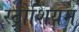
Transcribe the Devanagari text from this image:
स्ट्रौशियम